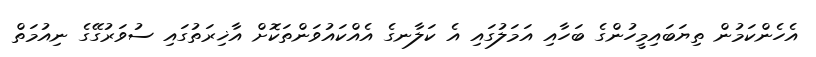
އެހެންކަމުން ތިޔަބައިމީހުންގެ ބަހާއި އަމަލުގައި އެ ކަލާނގެ އެއްކައުވަންތަކޮށް އާޚިރަތުގައި ސުވަރުގޭގެ ނިއުމަތް